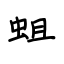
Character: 蛆